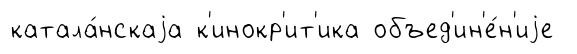
катала́нскаjа к'инокр'ит'ика объед'ин'е́н'иjе